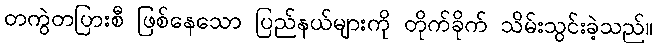
တကွဲတပြားစီ ဖြစ်နေသော ပြည်နယ်များကို တိုက်ခိုက် သိမ်းသွင်းခဲ့သည်။